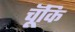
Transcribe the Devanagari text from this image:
चॅूकि